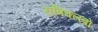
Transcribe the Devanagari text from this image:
रात्रिक्लबों